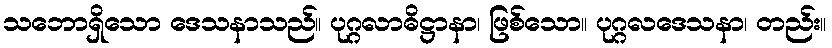
သဘောရှိသော ဒေသနာသည်။ ပုဂ္ဂလာဓိဋ္ဌာနာ၊ ဖြစ်သော။ ပုဂ္ဂလဒေသနာ၊ တည်း။